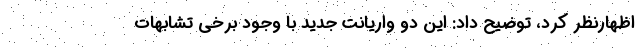
اظهارنظر کرد، توضیح داد: این دو واریانت جدید با وجود برخی تشابهات